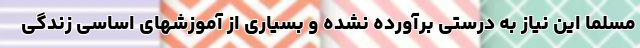
مسلما این نیاز به درستی برآورده نشده و بسیاری از آموزشهای اساسی زندگی